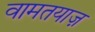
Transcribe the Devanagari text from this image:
वामतयाज़